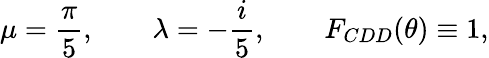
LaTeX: \mu=\frac{\pi}{5},\qquad\lambda=-\frac{i}{5},\qquad F_{CDD}(\theta)\equiv 1,